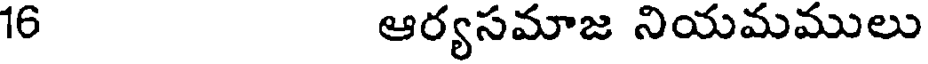
16 ఆర్యసమాజ నియమములు